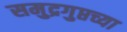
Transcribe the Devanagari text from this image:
समुद्रगुप्तच्या